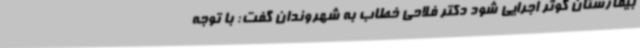
بیمارستان کوثر اجرایی شود دکتر فلاحی خطاب به شهروندان گفت: با توجه